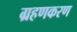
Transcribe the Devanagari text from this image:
ग्रहणकरण